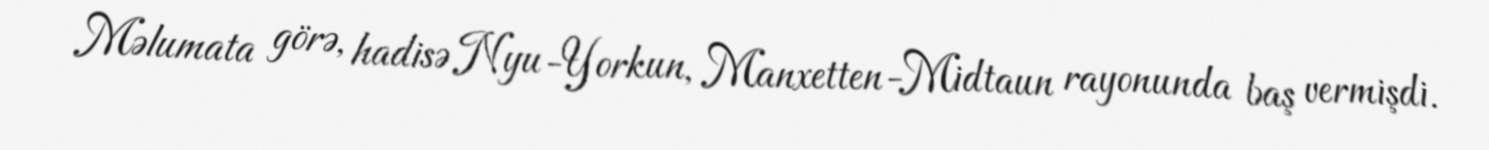
Məlumata görə, hadisə Nyu-Yorkun, Manxetten-Midtaun rayonunda baş vermişdi.